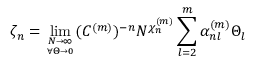
\zeta _ { n } = \operatorname * { l i m } _ { { N \to \infty } \atop { \forall \Theta \rightarrow 0 } } ( C ^ { ( m ) } ) ^ { - n } N ^ { \chi _ { n } ^ { ( m ) } } \sum _ { l = 2 } ^ { m } \alpha _ { n l } ^ { ( m ) } \Theta _ { l }